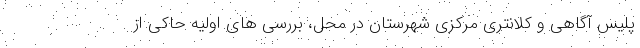
پلیس آگاهی و کلانتری مرکزی شهرستان در محل، بررسی های اولیه حاکی از